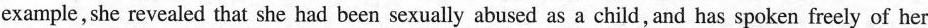
example, she revealed that she had been sexually abused as a child, and has spoken freely of her